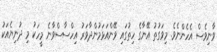
ވާނިވެސް އެހެންނެވެ. މިވަގުތު އޭނާގެ ހިތުގައި ވޭންއަޅަމުންދާވަރު އިހްސާސްވާނެ މީހަކު މި ދުނިޔެއަކު